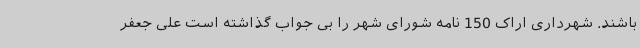
باشند. شهرداری اراک 150 نامه شورای شهر را بی جواب گذاشته است علی جعفر